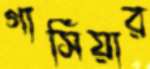
গার্সিয়ার